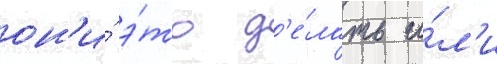
он'и́ э́то д'е́лать и́л'и